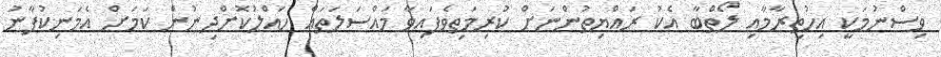
ވިސްނުމަކީ އިހުތިރާމާއި ލޯތްބާ އެކު ރައްޔިތުންނަށް ކުރިމަތިވެފައިވާ މައްސަލަތައް ހައްލުކޮށްދިނުން ކަމަށް އެމަނިކުފާނު